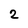
Character: 2